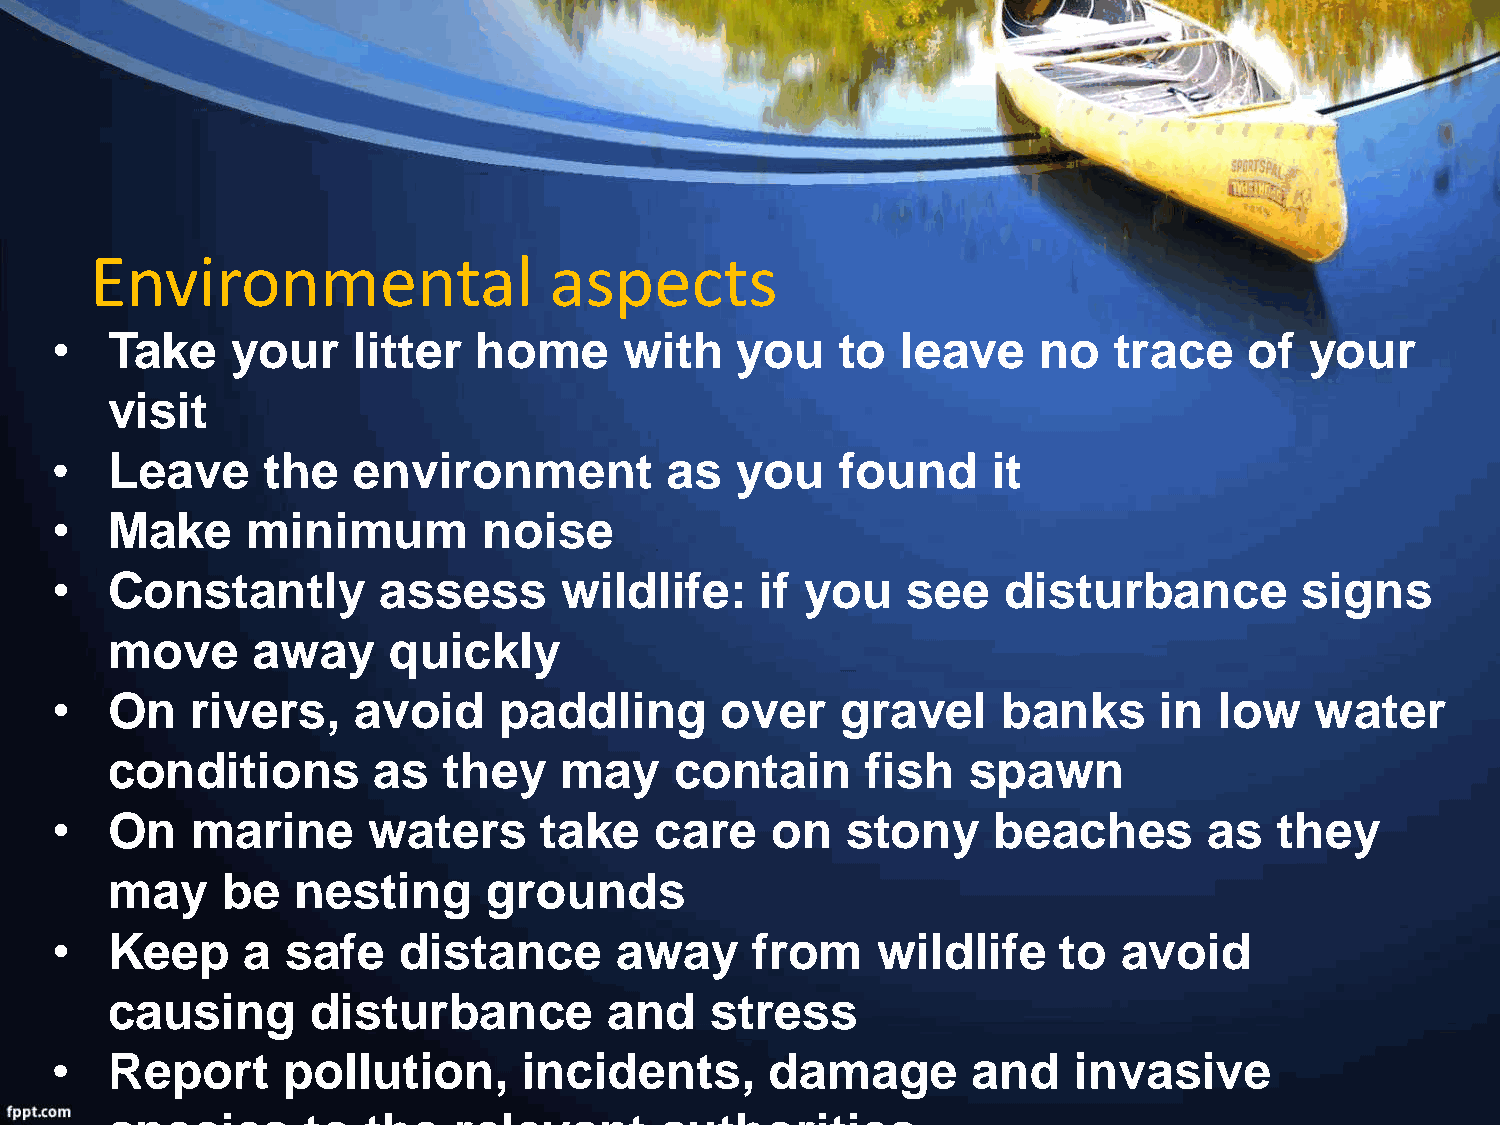
Environmental                 aspects
 •   Take    your    litter   home     with    you    to  leave    no   trace    of  your
 visit
 •   Leave     the   environment          as   you    found     it
 •   Make     minimum         noise
 •   Constantly        assess      wildlife:    if you    see    disturbance        signs
 move      away     quickly
 •   On    rivers,    avoid    paddling       over    gravel    banks      in  low   water
 conditions        as  they    may     contain     fish   spawn
 •   On    marine     waters      take   care    on   stony     beaches       as   they
 may     be  nesting      grounds
 •   Keep     a  safe   distance       away     from    wildlife    to  avoid
 causing       disturbance        and    stress
 •   Report      pollution,      incidents,      damage       and    invasive
 species      to  the   relevant      authorities